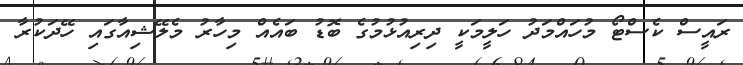
ރައީސް ކެސްޓޯ މުހައްމަދު ހަލީމަކީ ދިރިއުޅުމުގެ ބޮޑު ބައެއް މިހާރު މެލޭޝިއާގައި ހޭދަކުރާ